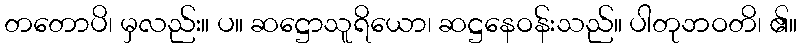
တတောပိ၊ မှလည်း။ ပ။ ဆဋ္ဌောသူရိယော၊ ဆဋ္ဌနေဝန်းသည်။ ပါတုဘဝတိ၊ ၏။